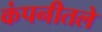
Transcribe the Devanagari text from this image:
कंपनीतले